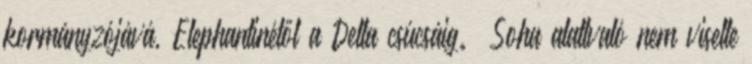
kormányzójává, Elephantinétől a Delta csúcsáig. «Soha alattvaló nem viselte